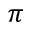
\pi